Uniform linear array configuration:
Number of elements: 4
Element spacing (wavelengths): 0.25
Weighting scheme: binomial
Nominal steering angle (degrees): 15
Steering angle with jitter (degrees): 13.772
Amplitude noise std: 0.05
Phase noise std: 0.05

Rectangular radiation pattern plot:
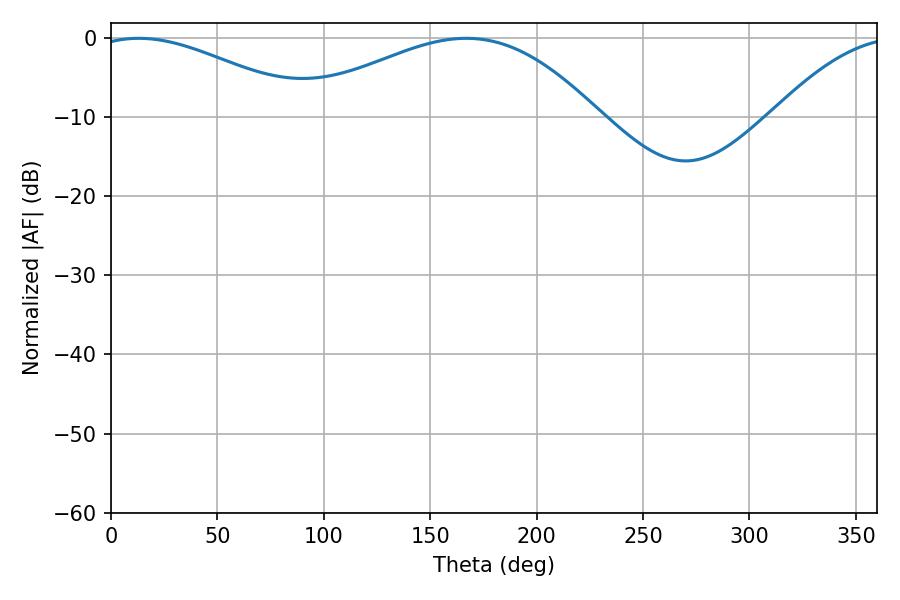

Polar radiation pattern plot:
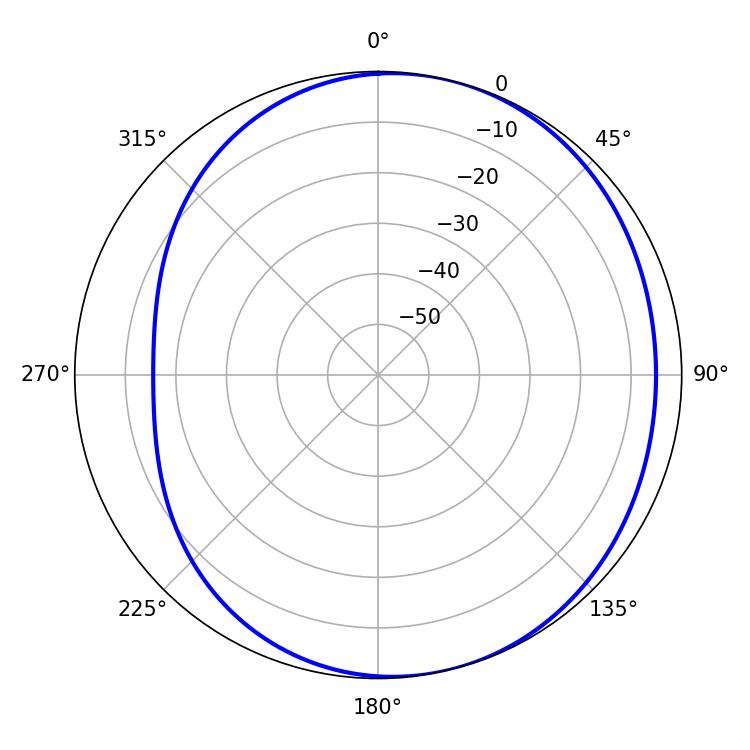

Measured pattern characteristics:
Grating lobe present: FALSE
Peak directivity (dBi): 4.143
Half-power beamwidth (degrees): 55.8
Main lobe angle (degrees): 13.14